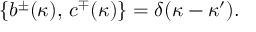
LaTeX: \{ b ^ { \pm } ( \kappa ) , \, c ^ { \mp } ( \kappa ) \} = \delta ( \kappa - \kappa ^ { \prime } ) .